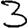
Digit: 3